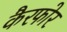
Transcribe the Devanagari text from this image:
कैरफोर